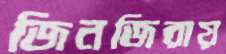
জিনজিরায়